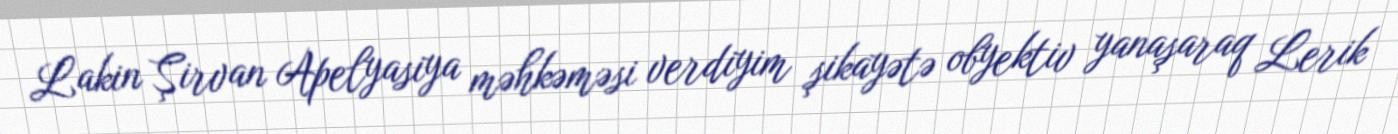
Lakin Şirvan Apelyasiya məhkəməsi verdiyim şikayətə obyektiv yanaşaraq Lerik